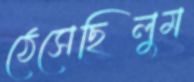
ঠেসেছিলুম